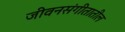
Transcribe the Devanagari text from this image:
जीवनसंगीतातील